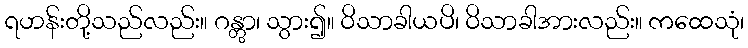
ရဟန်းတို့သည်လည်း။ ဂန္တွာ၊ သွား၍။ ဝိသာခါယပိ၊ ဝိသာခါအားလည်း။ ကထေသုံ၊